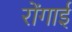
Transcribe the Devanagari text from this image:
रोंगाई